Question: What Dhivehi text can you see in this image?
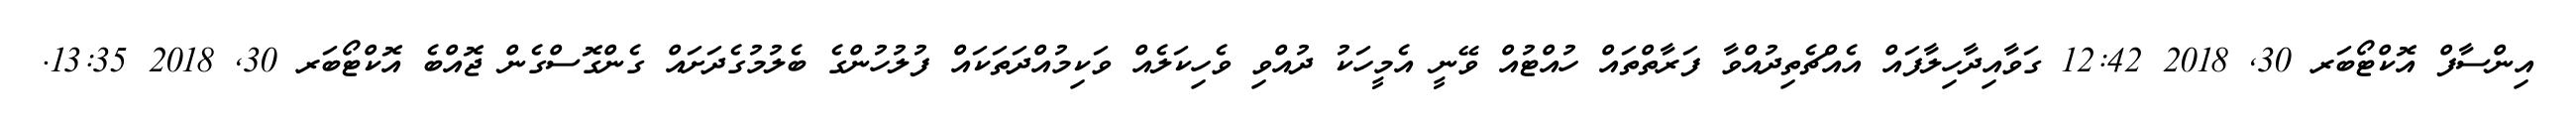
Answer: އިންސާފް އޮކްޓޯބަރ 30, 2018 12:42 ގަވާއިދާހިލާފައް އެއްޗެތިދުއްވާ ފަރާތްތައް ހުއްޓުއް ވޭނީ އެމީހަކު ދުއްވި ވެހިކަލެއް ވަކިމުއްދަތަކައް ފުލުހުންގެ ބެލުމުގެދަށައް ގެންގޮސްގެން ޖޮއްބެ އޮކްޓޯބަރ 30, 2018 13:35.